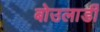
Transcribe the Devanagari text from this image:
बोउलार्डी